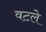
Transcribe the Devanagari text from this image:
वटले